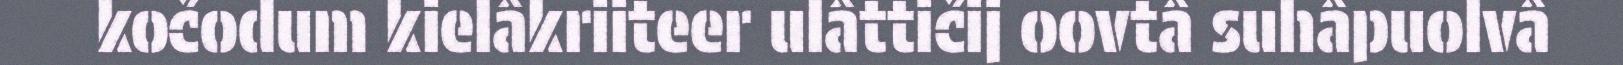
kočodum kielâkriiteer ulâttičij oovtâ suhâpuolvâ